Report on vaccination in Madras 1895-1903 - 1895-1903
Year: 1895
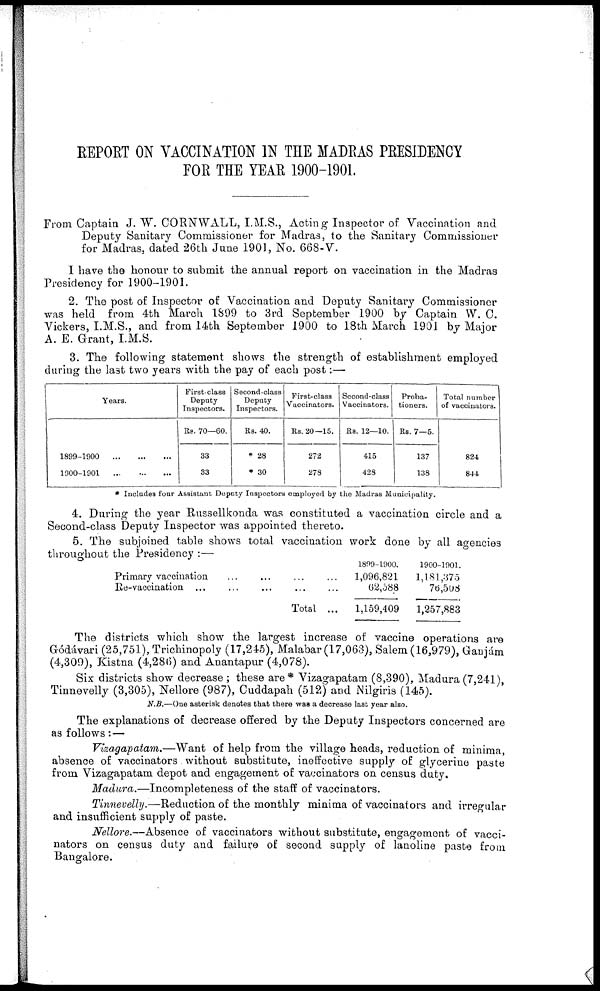
REPORT ON VACCINATION IN THE MADRAS PRESIDENCY
FOR THE YEAR 1900-1901.
From Captain J. W. CORNWALL, I.M.S., Acting Inspector of Vaccination and
Deputy Sanitary Commissioner for Madras, to the Sanitary Commissioner
for Madras, dated 26th June 1901, No. 668-V.
I have the honour to submit the annual report on vaccination in the Madras
Presidency for 1900-1901.
2. The post of Inspector of Vaccination and Deputy Sanitary Commissioner
was held from 4th March 1899 to 3rd September 1900 by Captain W. C.
Vickers, I.M.S., and from 14th September 1900 to 18th March 1901 by Major
A. E. Grant, I.M.S.
3. The following statement shows the strength of establishment employed
during the last two years with the pay of each post:—
Years.
1899-1900
...
...
...
1900-1901
...
...
...
First-class
Deputy
Inspectors.
Re. 70—60.
33
33
Second-class
Deputy
Inspectors.
Rs. 40.
* 28
* 30
First-class
Vaccinators.
Rs. 20—15.
272
278
Second-class
Vaccinators.
Rs. 12—10.
415
428
Proba-
tioners.
Rs. 7—5.
137
138
Total number
of vaccinators.
824
844
* Includes four Assistant Deputy Inspectors employed by the Madras Municipality.
4. During the year Russellkonda was constituted a vaccination circle and a
Second-class Deputy Inspector was appointed thereto.
5. The subjoined table shows total vaccination work done by all agencies
throughout the Presidency :—
Primary vaccination ... ... ... ...
Re-vaccination ... ... ... ... ...
Total ...
1899-1900.
1,096,821
62,588
1,159,409
1900-1901.
1,181,375
76,508
1,257,883
The districts which show the largest increase of vaccine operations are
Gódávari (25,751), Trichinopoly (17,245), Malabar (17,063), Salem (16,979), Ganjám
(4,309), Kistna (4,286) and Anantapur (4,078).
Six districts show decrease; these are* Vizagapatam (8,390), Madura (7,241)
Tinnevelly (3,305), Nellore (987), Cuddapah (512) and Nilgiris (145).
N.B.—One asterisk denotes that there was a decrease last year also.
The explanations of decrease offered by the Deputy Inspectors concerned are
as follows:—
Vizagapatam.—Want of help from the village heads, reduction of minima,
absence of vaccinators without substitute, ineffective supply of glycerine paste
from Vizagapatam depot and engagement of vaccinators on census duty.
Madura.—Incompleteness of the staff of vaccinators.
Tinnevelly.—Reduction of the monthly minima of vaccinators and irregular
and insufficient supply of paste.
Nellore.—Absence of vaccinators without substitute, engagement of vacci-
nators on census duty and failure of second supply of lanoline paste from
Bangalore.